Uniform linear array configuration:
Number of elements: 12
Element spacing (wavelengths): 1
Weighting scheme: kaiser
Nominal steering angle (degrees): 0
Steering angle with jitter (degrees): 0.03423
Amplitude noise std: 0.05
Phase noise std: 0.05

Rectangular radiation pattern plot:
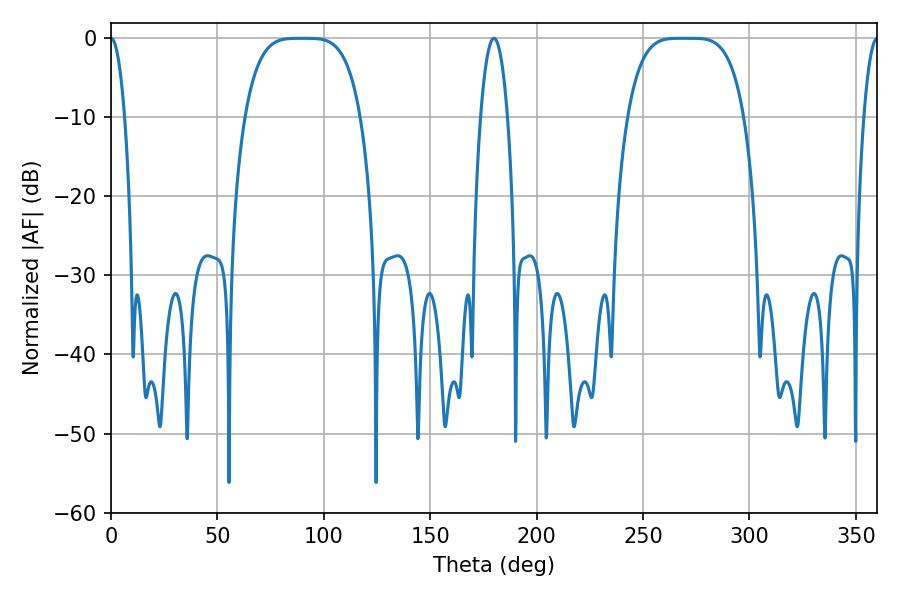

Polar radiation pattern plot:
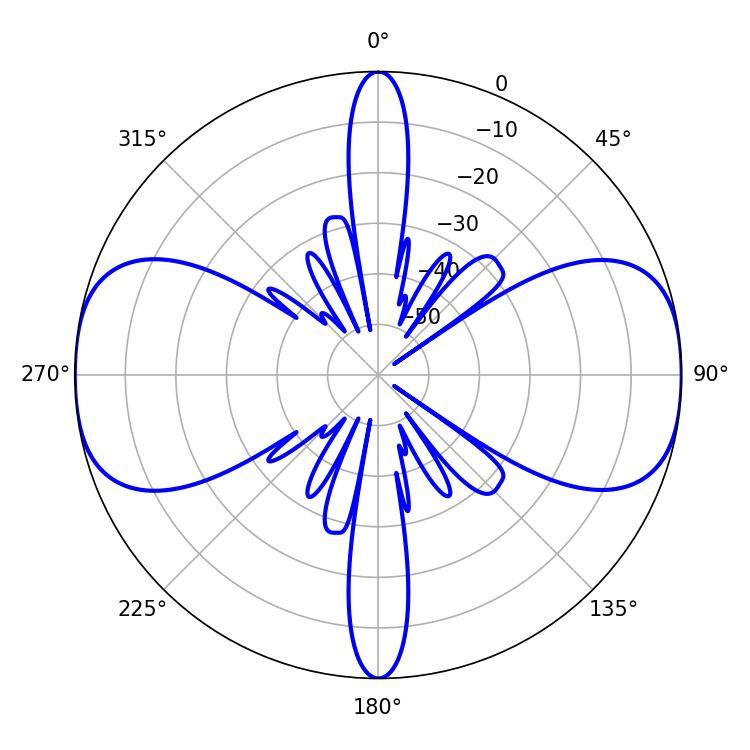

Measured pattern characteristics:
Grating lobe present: TRUE
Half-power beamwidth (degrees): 41.04
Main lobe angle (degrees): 267.66